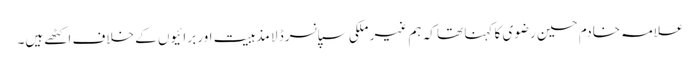
علامہ خادم حسین رضوی کا کہنا تھا کہ ہم غیر ملکی سپانسرڈ لا مذہبیت اور برائیوں کے خلاف اکٹھے ہیں۔